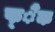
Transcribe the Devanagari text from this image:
फ्ैंक